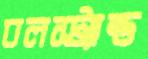
বলস্ট্যান্ড